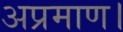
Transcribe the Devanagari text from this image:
अप्रमाण।